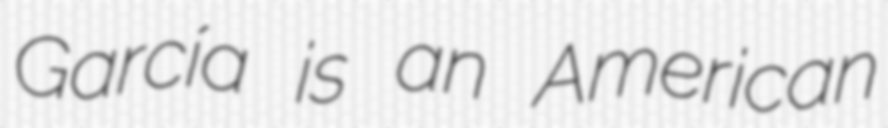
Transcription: García is an American